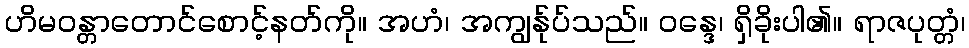
ဟိမဝန္တာတောင်စောင့်နတ်ကို။ အဟံ၊ အကျွန်ုပ်သည်။ ဝန္ဒေ၊ ရှိခိုးပါ၏။ ရာဇပုတ္တံ၊